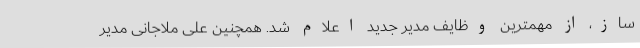
ساز، از مهمترین وظایف مدیر جدید اعلام شد. همچنین علی ملاجانی مدیر